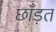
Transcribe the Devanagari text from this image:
छाँड़त